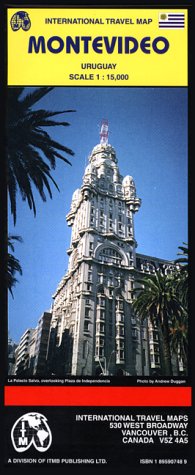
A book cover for Montevideo Map by ITMB; ITMB Publishing; Travel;